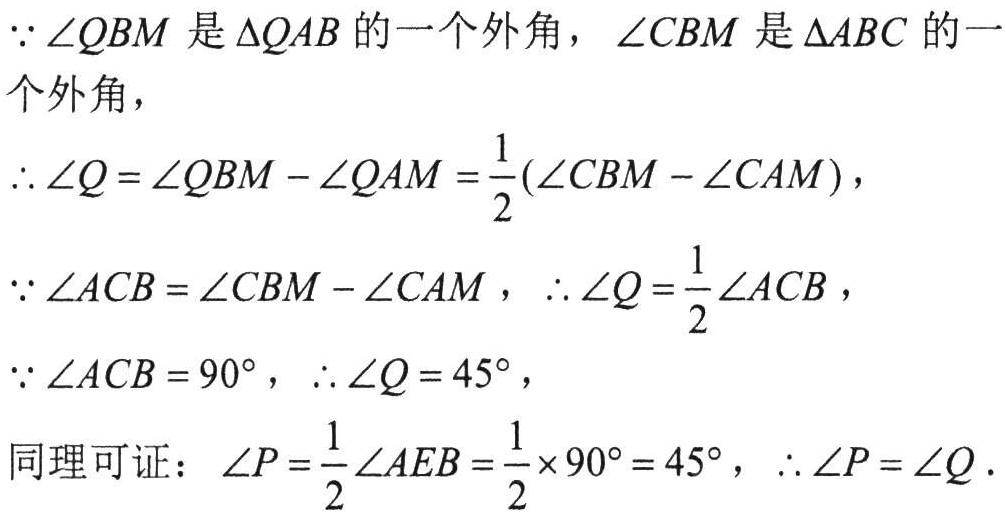
$\because \angle QBM\text{ 是 }\Delta QAB\text{ 的一个外角，}\angle CBM\text{ 是 }\Delta ABC\text{ 的一}$
$个外角，$
$\therefore \angle Q=\angle QBM - \angle QAM=\frac{1}{2}(\angle CBM - \angle CAM)，$
$\because \angle ACB=\angle CBM - \angle CAM，\therefore \angle Q=\frac{1}{2}\angle ACB，$
$\because \angle ACB = 90^{\circ}，\therefore \angle Q = 45^{\circ}，$
$同理可证：\angle P=\frac{1}{2}\angle AEB=\frac{1}{2}\times90^{\circ}=45^{\circ}，\therefore \angle P=\angle Q.$